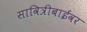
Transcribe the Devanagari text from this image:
सावित्रीबाईंवर